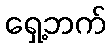
ရှေ့ဘက်